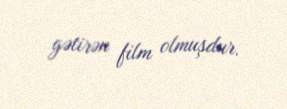
gətirən film olmuşdur.